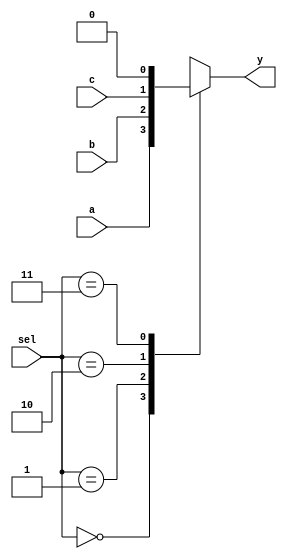
`timescale 1ns / 1ps
//////////////////////////////////////////////////////////////////////////////////
// Company: 
// Engineer: 
// 
// Design Name: 
// Module Name: ThreeMux
// Project Name: 
// Target Devices: 
// Tool Versions: 
// Description: 
// 
// Dependencies: 
// 
// Revision:
// Revision 0.01 - File Created
// Additional Comments:
// 
//////////////////////////////////////////////////////////////////////////////////


module ThreeMux (
    input wire a,
    input wire b,
    input wire c,
    input wire [1:0] sel,
    output reg y
);
    always @* begin
        case(sel)
            2'b00: y = a;
            2'b01: y = b;
            2'b10: y = c;
            2'b11: y = 1'b0; 
            default: y = 1'b0; 
        endcase
    end
endmodule